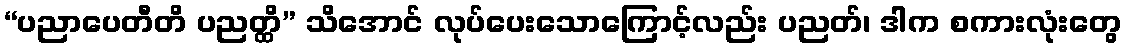
“ပညာပေတီတိ ပညတ္ထိ” သိအောင် လုပ်ပေးသောကြောင့်လည်း ပညတ်၊ ဒါက စကားလုံးတွေ